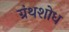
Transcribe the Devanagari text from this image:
ग्रंथशोध